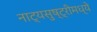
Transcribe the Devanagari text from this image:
नाट्यसुष्ट्रीमध्ये